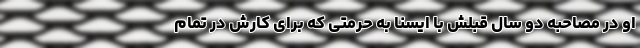
او در مصاحبه‌ دو سال قبلش با ایسنا به حرمتی‌ که برای کارش در تمام